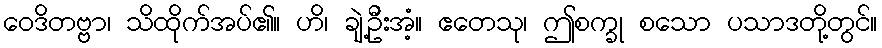
ဝေဒိတဗ္ဗာ၊ သိထိုက်အပ်၏။ ဟိ၊ ချဲ့ဦးအံ့။ ဧတေသု၊ ဤစက္ခု စသော ပသာဒတို့တွင်။